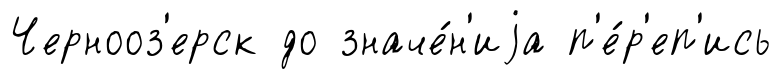
Чернооз'ерск до значе́н'иjа п'е́р'еп'ись